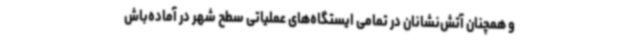
و همچنان آتش‌نشانان در تمامی ایستگاه‌های عملیاتی سطح شهر در آماده‌باش